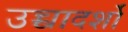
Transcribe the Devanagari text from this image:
उच्चादर्शों